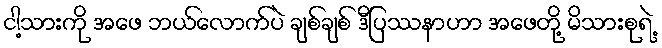
ငါ့သားကို အဖေ ဘယ်လောက်ပဲ ချစ်ချစ် ဒီပြဿနာဟာ အဖေတို့ မိသားစုရဲ့